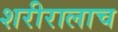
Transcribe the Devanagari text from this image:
शरीरालाच